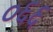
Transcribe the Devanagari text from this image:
०६६